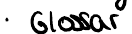
Glossar